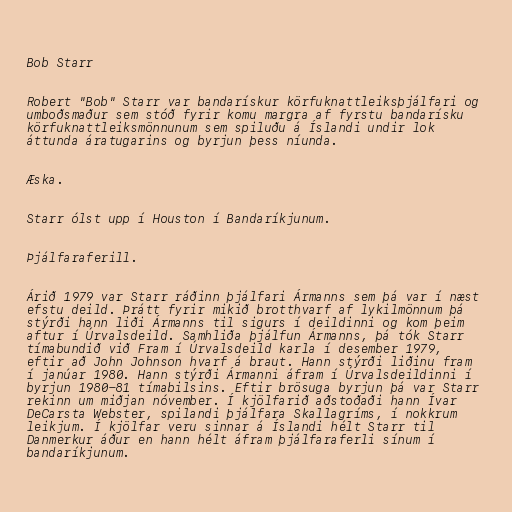
Bob Starr

Robert "Bob" Starr var bandarískur körfuknattleiksþjálfari og
umboðsmaður sem stóð fyrir komu margra af fyrstu bandarísku
körfuknattleiksmönnunum sem spiluðu á Íslandi undir lok
áttunda áratugarins og byrjun þess níunda.

Æska.

Starr ólst upp í Houston í Bandaríkjunum.

Þjálfaraferill.

Árið 1979 var Starr ráðinn þjálfari Ármanns sem þá var í næst
efstu deild. Þrátt fyrir mikið brotthvarf af lykilmönnum þá
stýrði hann liði Ármanns til sigurs í deildinni og kom þeim
aftur í Úrvalsdeild. Samhliða þjálfun Ármanns, þá tók Starr
tímabundið við Fram í Úrvalsdeild karla í desember 1979,
eftir að John Johnson hvarf á braut. Hann stýrði liðinu fram
í janúar 1980. Hann stýrði Ármanni áfram í Úrvalsdeildinni í
byrjun 1980-81 tímabilsins. Eftir brösuga byrjun þá var Starr
rekinn um miðjan nóvember. Í kjölfarið aðstoðaði hann Ívar
DeCarsta Webster, spilandi þjálfara Skallagríms, í nokkrum
leikjum. Í kjölfar veru sinnar á Íslandi hélt Starr til
Danmerkur áður en hann hélt áfram þjálfaraferli sínum í
bandaríkjunum.